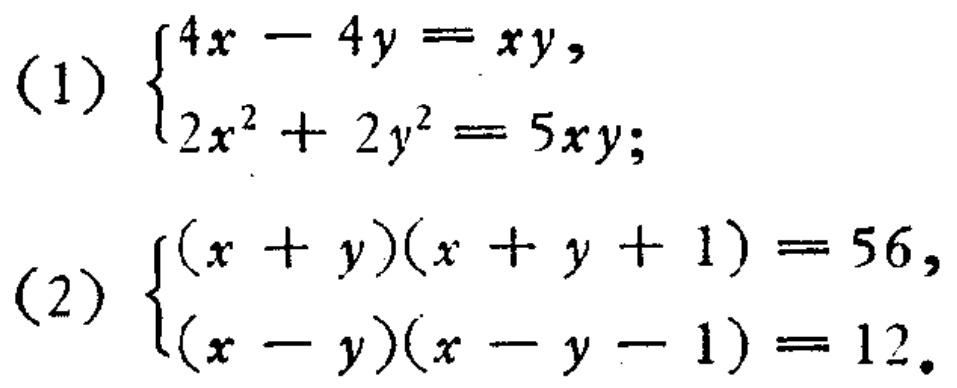
(1) \(\begin{cases}4x - 4y = xy,\\2x^{2}+2y^{2}=5xy;\end{cases}\)
(2) \(\begin{cases}(x + y)(x + y + 1)=56,\\(x - y)(x - y - 1)=12.\end{cases}\)